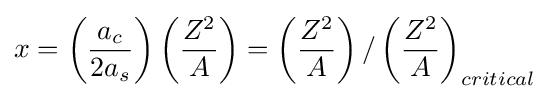
x=\left({\frac {a_{c}}{2a_{s}}}\right)\left({\frac {Z^{2}}{A}}\right)=\left({\frac {Z^{2}}{A}}\right)/\left({\frac {Z^{2}}{A}}\right)_{critical}